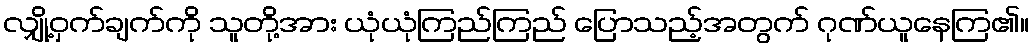
လျှို့ဝှက်ချက်ကို သူတို့အား ယုံယုံကြည်ကြည် ပြောသည့်အတွက် ဂုဏ်ယူနေကြ၏။